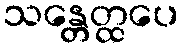
သန္တေတ္ထပေ